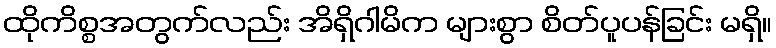
ထိုကိစ္စအတွက်လည်း အိရှိဂါမိက များစွာ စိတ်ပူပန်ခြင်း မရှိ။